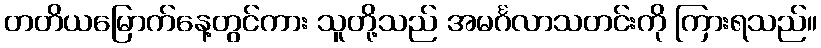
တတိယမြောက်နေ့တွင်ကား သူတို့သည် အမင်္ဂလာသတင်းကို ကြားရသည်။